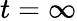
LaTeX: t=\infty